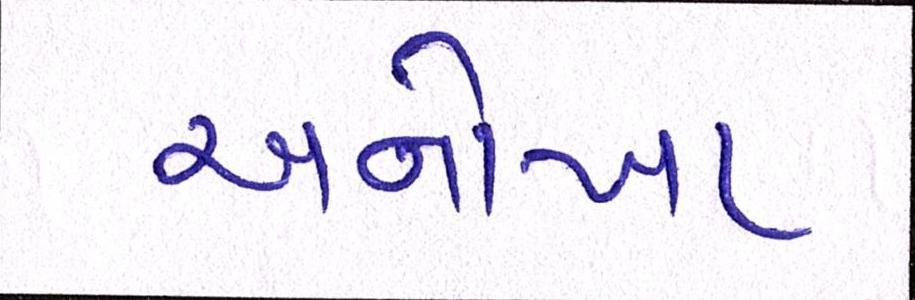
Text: અનોખા